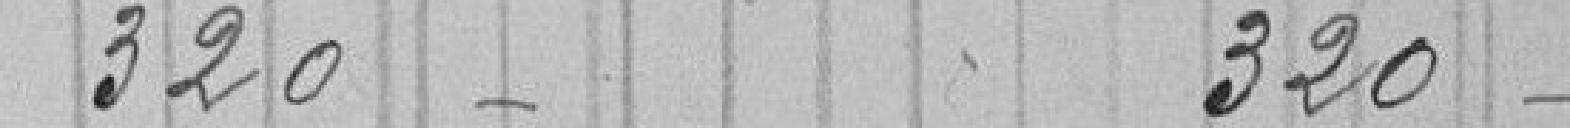
320 320